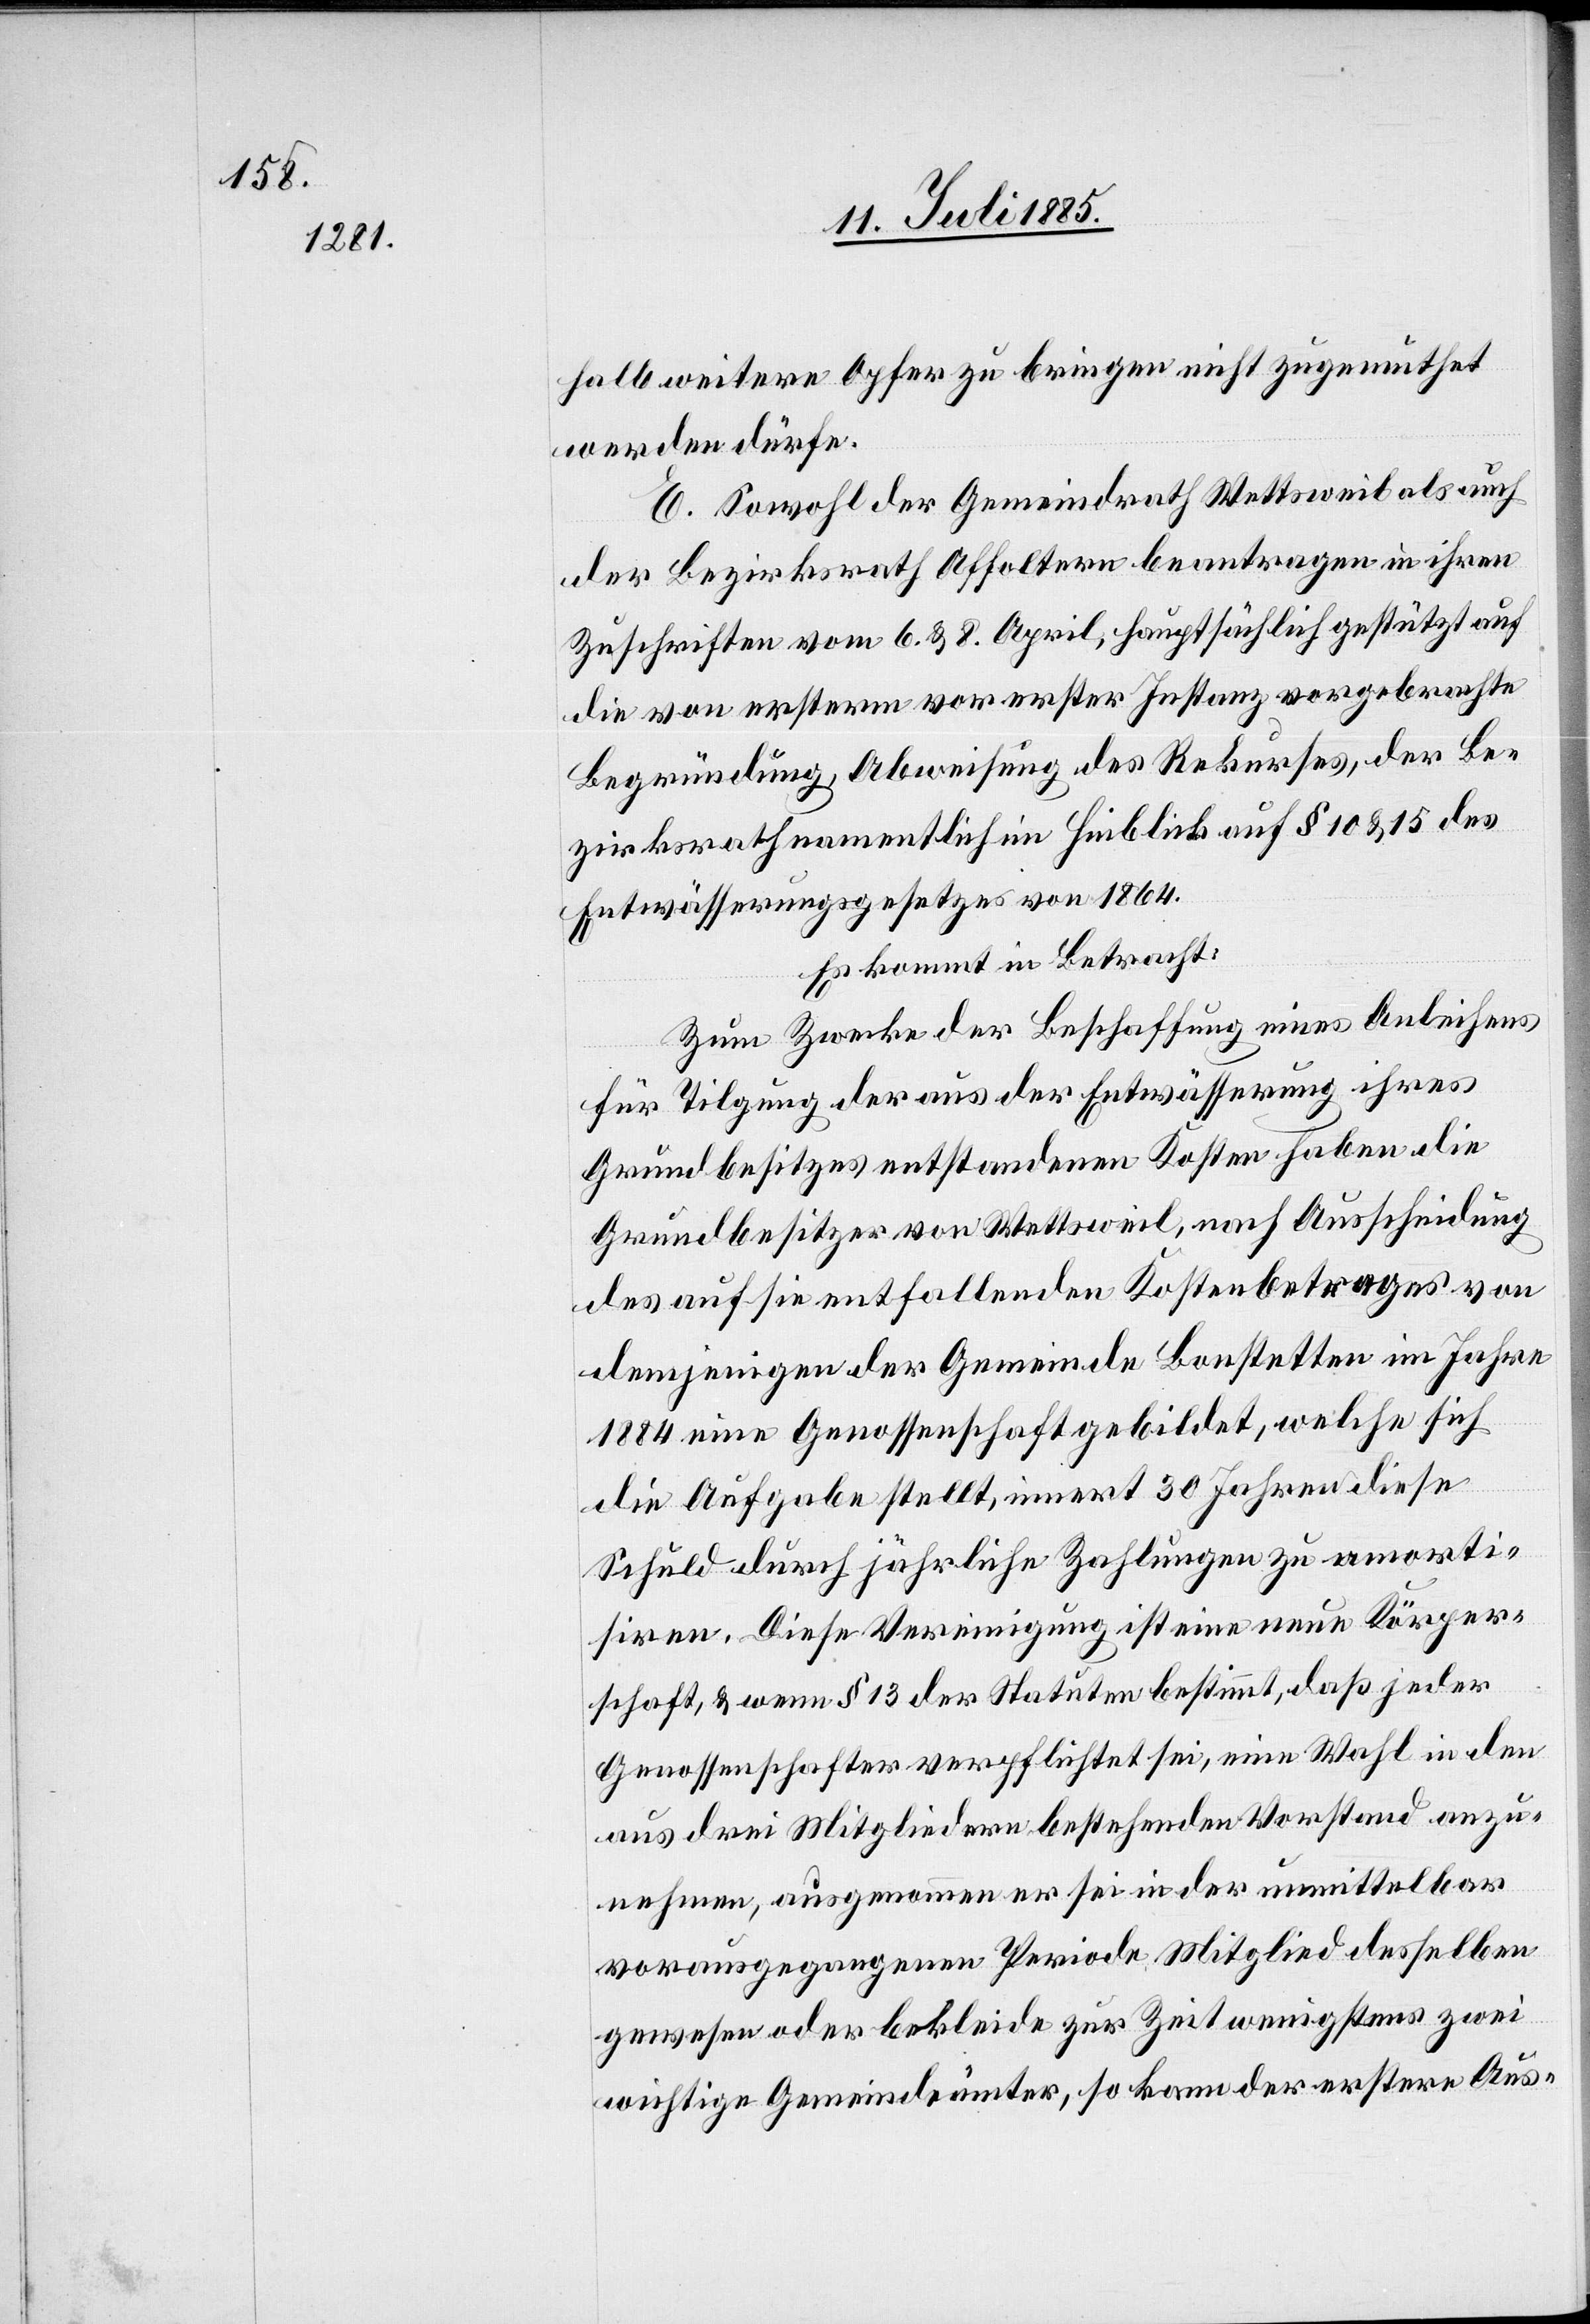
halb weitere Opfer zu bringen nicht zugemuthet
werden dürfe.
E. Sowohl der Gemeindrath Wettsweil als auch
der Bezirksrath Affoltern beantragen in ihren
Zuschriften vom 6. & 8. April, hauptsächlich gestützt auf
die von ersterem vor erster Instanz vorgebrachte
Begründung Abweisung des Rekurses, der Be¬
zirksrath namentlich im Hinblick auf § 10 & 15 des
Entwässerungsgesetzes von 1864.
Es kommt in Betracht:
Zum Zwecke der Beschaffung eines Anleihens
für Tilgung der aus der Entwässerung ihres
Grundbesitzes entstandenen Kosten haben die
Grundbesitzer von Wettsweil, nach Ausscheidung
des auf sie entfallenden Kostenbetrages von
demjenigen der Gemeinde Bonstetten im Jahre
1884 eine Genossenschaft gebildet, welche sich
die Aufgabe stellt, innert 30 Jahren diese
Schuld durch jährliche Zählungen zu amorti¬
siren. Diese Vereinigung ist eine neue Körper¬
schaft, & wenn § 13 der Statuten bestimmt, daß jeder
Genossenschafter verpflichtet sei, eine Wahl in den
aus drei Mitgliedern bestehenden Vorstand anzu¬
nehmen, ausgenommen er sei in der unmittelbar
vorausgegangenen Periode Mitglied desselben
gewesen oder bekleide zur Zeit wenigstens zwei
wichtige Gemeindeämter, so kann der erstere Aus-